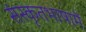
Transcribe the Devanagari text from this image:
संस्कृतभाषामें